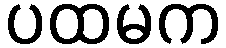
ပထမက